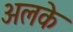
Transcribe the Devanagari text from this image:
अलके